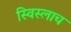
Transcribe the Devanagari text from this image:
स्विस्लाच